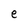
Character: e